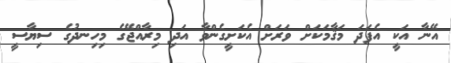
އޭނާ އަކީ އެފަދަ މަޤާމަކަށް ވަރަށް އެކަށީގެންވާ އަދި މިރާއްޖޭގެ މިހިނދުގެ ސިޔާސީ